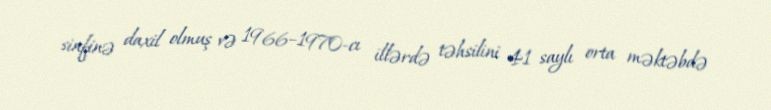
sinfinə daxil olmuş və 1966–1970-cı illərdə təhsilini 41 saylı orta məktəbdə